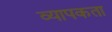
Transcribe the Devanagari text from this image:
व्‍यापकता